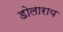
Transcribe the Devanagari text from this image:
डोलाराय